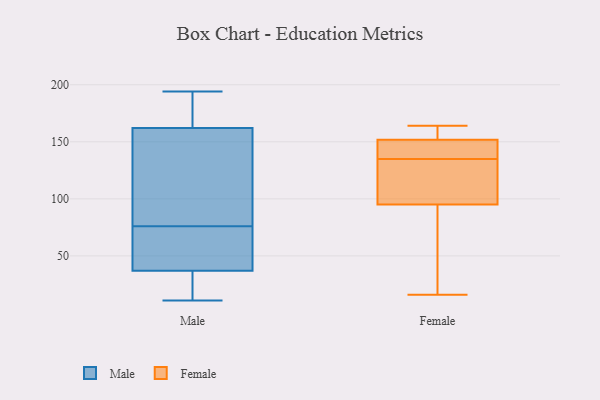
{"axis": {"x": "Page Views", "y": "Value"}, "legend": ["Female", "Male"], "data": [{"x": "", "y": 81, "type": "Male"}, {"x": "", "y": 130, "type": "Male"}, {"x": "", "y": 194, "type": "Male"}, {"x": "", "y": 77, "type": "Male"}, {"x": "", "y": 75, "type": "Male"}, {"x": "", "y": 15, "type": "Male"}, {"x": "", "y": 37, "type": "Male"}, {"x": "", "y": 63, "type": "Male"}, {"x": "", "y": 162, "type": "Male"}, {"x": "", "y": 15, "type": "Male"}, {"x": "", "y": 11, "type": "Male"}, {"x": "", "y": 48, "type": "Male"}, {"x": "", "y": 164, "type": "Male"}, {"x": "", "y": 182, "type": "Male"}, {"x": "", "y": 151, "type": "Female"}, {"x": "", "y": 135, "type": "Female"}, {"x": "", "y": 56, "type": "Female"}, {"x": "", "y": 68, "type": "Female"}, {"x": "", "y": 150, "type": "Female"}, {"x": "", "y": 142, "type": "Female"}, {"x": "", "y": 154, "type": "Female"}, {"x": "", "y": 119, "type": "Female"}, {"x": "", "y": 16, "type": "Female"}, {"x": "", "y": 135, "type": "Female"}, {"x": "", "y": 104, "type": "Female"}, {"x": "", "y": 159, "type": "Female"}, {"x": "", "y": 164, "type": "Female"}]}